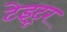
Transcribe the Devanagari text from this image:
टेइटूर